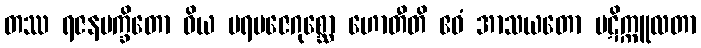
တဿ ရဇနမက္ခိတော ဝိယ ပရမဇေဂုစ္ဆော ဟောတီတိ ဧဝံ အာသယတော ပဋိက္ကူလတာ